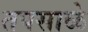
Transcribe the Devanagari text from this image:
तपसाळे